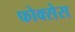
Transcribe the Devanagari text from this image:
फोक्सेस